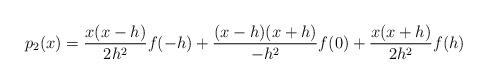
LaTeX: \begin{align*}p_2(x) = \frac{x(x-h)}{2h^2} f(-h) + \frac{(x-h)(x+h)}{-h^2} f(0)+ \frac{x(x+h)}{2h^2} f(h)\end{align*}